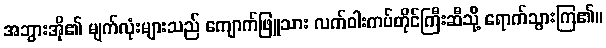
အဘွားအို၏ မျက်လုံးများသည် ကျောက်ဖြူသား လက်ဝါးကပ်တိုင်ကြီးဆီသို့ ရောက်သွားကြ၏။